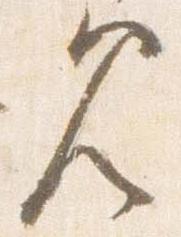
見